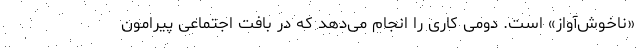
«ناخوش‌آواز» است. دومی کاری را انجام می‌دهد که در بافت اجتماعی پیرامون